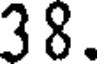
38.